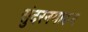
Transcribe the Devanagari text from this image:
सुंदरनमारुम